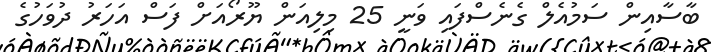
ބާސާއިން ސަމުއެލް ގެނެސްފައި ވަނީ 25 މިލިއަން ޔޫރޯއަށް ފަސް އަހަރު ދުވަހުގެ